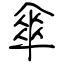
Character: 傘